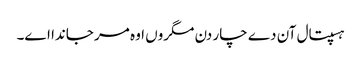
ہسپتال آن دے چار دن مگروں اوہ مر جاندا اے۔